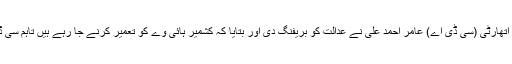
سماعت کے آغاز پر کیپیٹل ڈیولپمنٹ اتھارٹی (سی ڈی اے) عامر احمد علی نے عدالت کو بریفنگ دی اور بتایا کہ کشمیر ہائی وے کو تعمیر کرنے جا رہے ہیں تاہم سی ڈی اے کو فنڈز کی کمی کا سامنا ہے۔